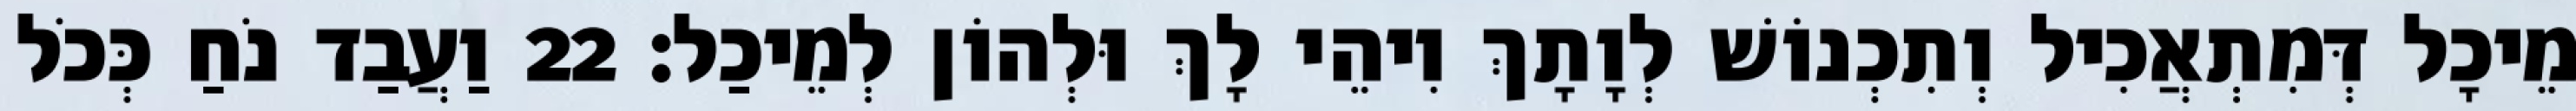
מֵיכָל דְּמִתְאֲכִיל וְתִכְנוֹשׁ לְוָתָךְ וִיהֵי לָךְ וּלְהוֹן לְמֵיכַל׃ 22 וַעֲבַד נֹחַ כְּכֹל